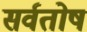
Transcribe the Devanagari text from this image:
सर्वतोष